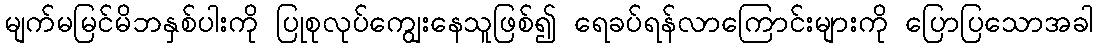
မျက်မမြင်မိဘနှစ်ပါးကို ပြုစုလုပ်ကျွေးနေသူဖြစ်၍ ရေခပ်ရန်လာကြောင်းများကို ပြောပြသောအခါ